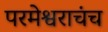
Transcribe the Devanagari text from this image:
परमेश्वराचंच